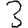
Digit: 3